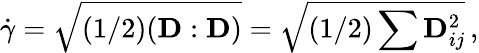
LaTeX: \dot{\gamma}=\sqrt{(1/2)(\mathbf{D}:\mathbf{D})}=\sqrt{(1/2)\sum\mathbf{D}_{ij}^{2}}\, ,